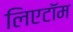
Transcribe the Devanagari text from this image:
लिएटॉम